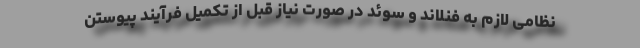
نظامی لازم به فنلاند و سوئد در صورت نیاز قبل از تکمیل فرآیند پیوستن